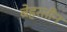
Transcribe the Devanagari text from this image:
बेहरतीन